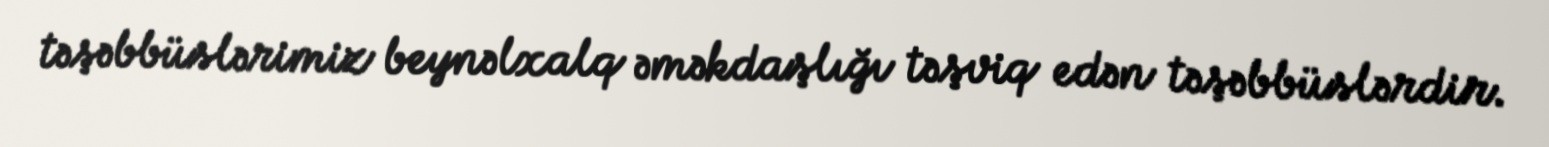
təşəbbüslərimiz beynəlxalq əməkdaşlığı təşviq edən təşəbbüslərdir.